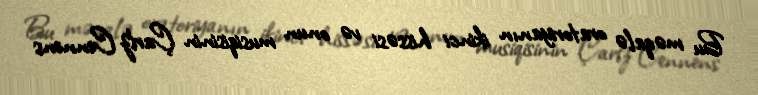
Bu məqalə oratoriyanın ikinci hissəsi və onun musiqisinin Çarlz Cennens